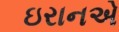
ઇરાનએ